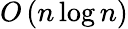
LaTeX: O\left(n\log n\right)